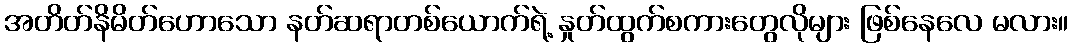
အတိတ်နိမိတ်ဟောသော နတ်ဆရာတစ်ယောက်ရဲ့ နှုတ်ထွက်စကားတွေလိုများ ဖြစ်နေလေ မလား။